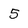
Character: 5